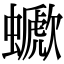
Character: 𧓗